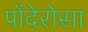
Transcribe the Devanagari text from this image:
पोंदेरोसा